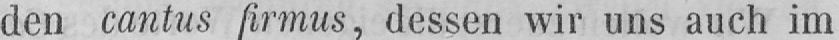
den cantus firmus, dessen wir uns auch im